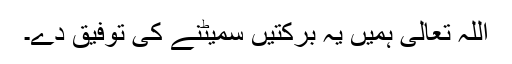
اللہ تعالیٰ ہمیں یہ برکتیں سمیٹنے کی توفیق دے۔